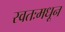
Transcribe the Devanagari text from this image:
स्वतःमधून